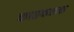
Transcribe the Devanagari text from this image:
काष्ठफलक